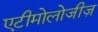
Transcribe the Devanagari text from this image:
एटीमोलोजीज़